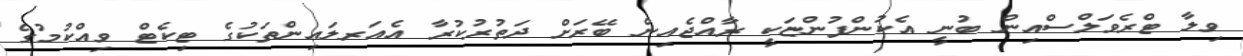
ވިލާ ޓްރެވަލްސްއިން ބުނީ އެކުންފުންޏަކީ ރާއްޖެއިން ބޭރަށް ދަތުރުކުރާ އެއަރލައިންތަކުގެ ޓިކެޓް ވިއްކުމުގެ